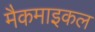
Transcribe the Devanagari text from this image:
मैकमाइकल